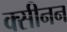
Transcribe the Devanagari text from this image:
क्सीनन